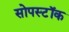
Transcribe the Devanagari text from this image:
सोपस्टॉक